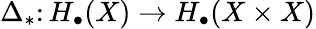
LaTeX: \Delta_{*}\colon H_{\bullet}(X)\to H_{\bullet}(X\times X)